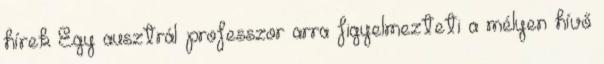
hírek Egy ausztrál professzor arra figyelmezteti a mélyen hívő